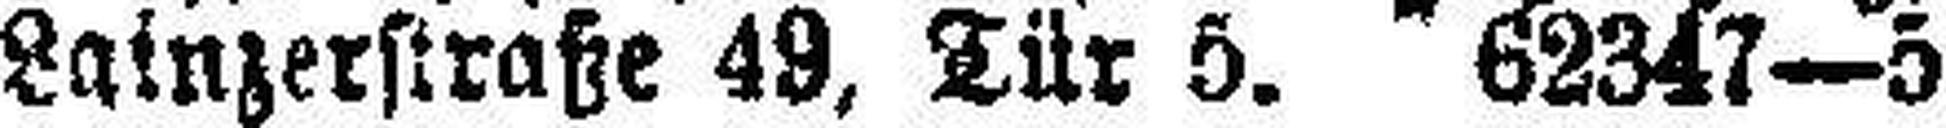
Lainzerstraße 49, Tür 5. 62347—5